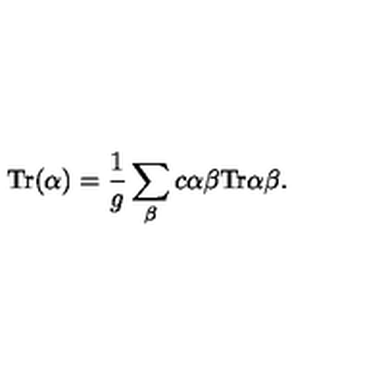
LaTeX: \mathrm { T r } ( \alpha ) = { \frac { 1 } { g } } \sum _ { \beta } c { \binom { \alpha } { \beta } } \mathrm { T r } { \binom { \alpha } { \beta } } .